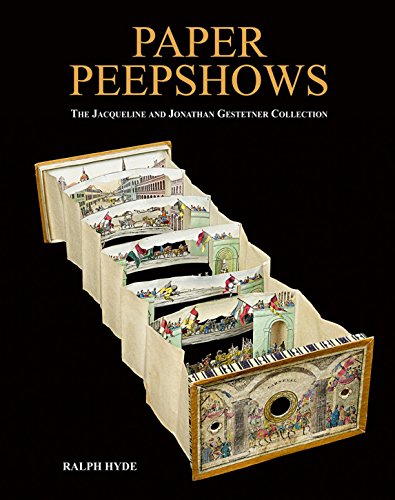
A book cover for Paper Peepshows: The Jacqueline & Jonathan Gestetner Collection; Ralph Hyde; Crafts, Hobbies & Home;